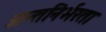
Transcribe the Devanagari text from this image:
अन्तनिर्भरता